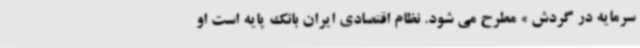
سرمایه در گردش » مطرح می شود. نظام اقتصادی ایران بانک پایه است او